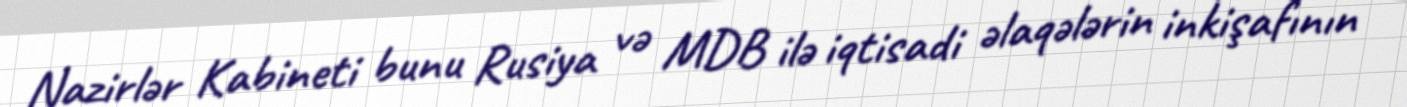
Nazirlər Kabineti bunu Rusiya və MDB ilə iqtisadi əlaqələrin inkişafının